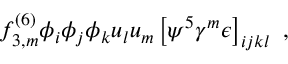
f _ { 3 , m } ^ { ( 6 ) } \phi _ { i } \phi _ { j } \phi _ { k } u _ { l } u _ { m } \left[ \psi ^ { 5 } \gamma ^ { m } \epsilon \right] _ { i j k l } \ ,